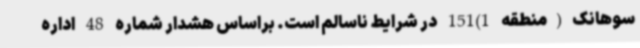
سوهانک(منطقه 1)151 در شرایط ناسالم است. براساس هشدار شماره 48 اداره